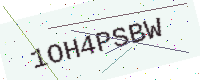
Text: 1OH4PSBW